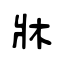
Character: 牀